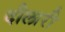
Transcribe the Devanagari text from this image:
दौलारी